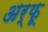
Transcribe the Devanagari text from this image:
अर्फू